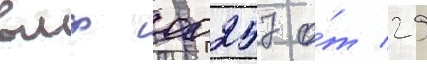
вмф 00257 о́т 29